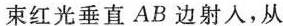
束红光垂直AB边射入，